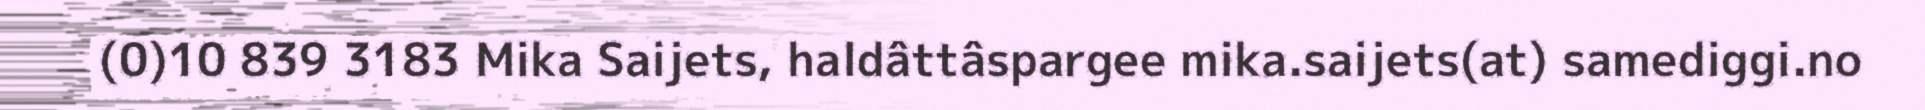
(0)10 839 3183 Mika Saijets, haldâttâspargee mika.saijets(at) samediggi.no